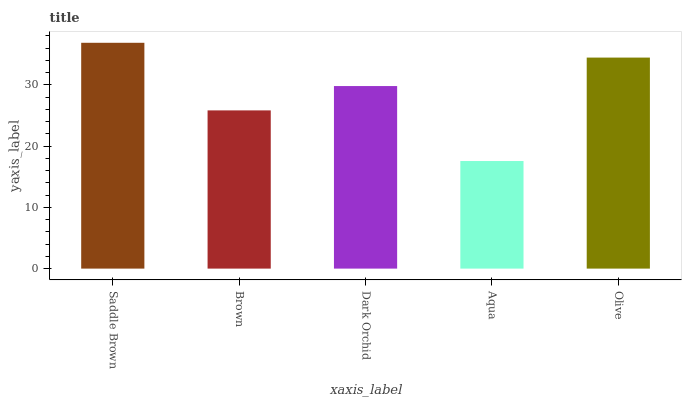
| xaxis_label | bars |
 | --- | --- |
 | Saddle Brown | 36.9 |
 | Brown | 25.8 |
 | Dark Orchid | 29.8 |
 | Aqua | 17.6 |
 | Olive | 34.5 |